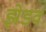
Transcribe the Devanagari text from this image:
झेडव